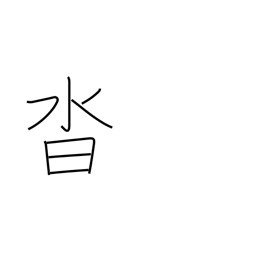
Meaning: shoes